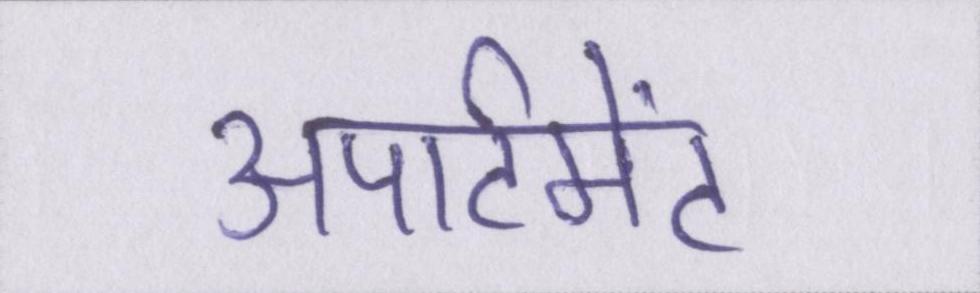
अपार्टमेंट